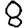
Digit: 8